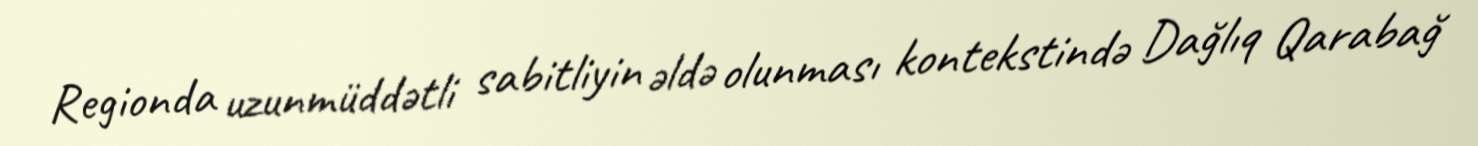
Regionda uzunmüddətli sabitliyin əldə olunması kontekstində Dağlıq Qarabağ